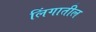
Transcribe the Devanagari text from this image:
लिंगातील